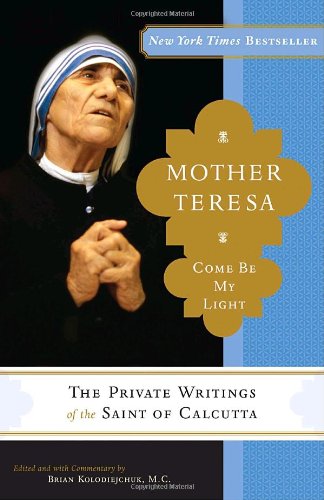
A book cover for Mother Teresa: Come Be My Light: The Private Writings of the Saint of Calcutta; Mother Teresa; Biographies & Memoirs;